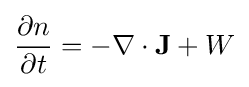
{\frac {\partial n}{\partial t}}=-\nabla \cdot \mathbf {J} +W